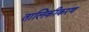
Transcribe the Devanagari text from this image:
तालिकीकरण